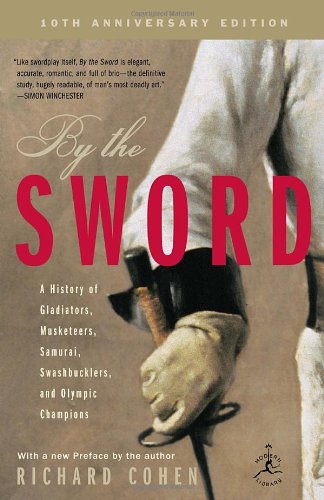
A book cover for By the Sword: A History of Gladiators, Musketeers, Samurai, Swashbucklers, and Olympic Champions; 10th anniversary edition (Modern Library Paperbacks); Richard Cohen; Sports & Outdoors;